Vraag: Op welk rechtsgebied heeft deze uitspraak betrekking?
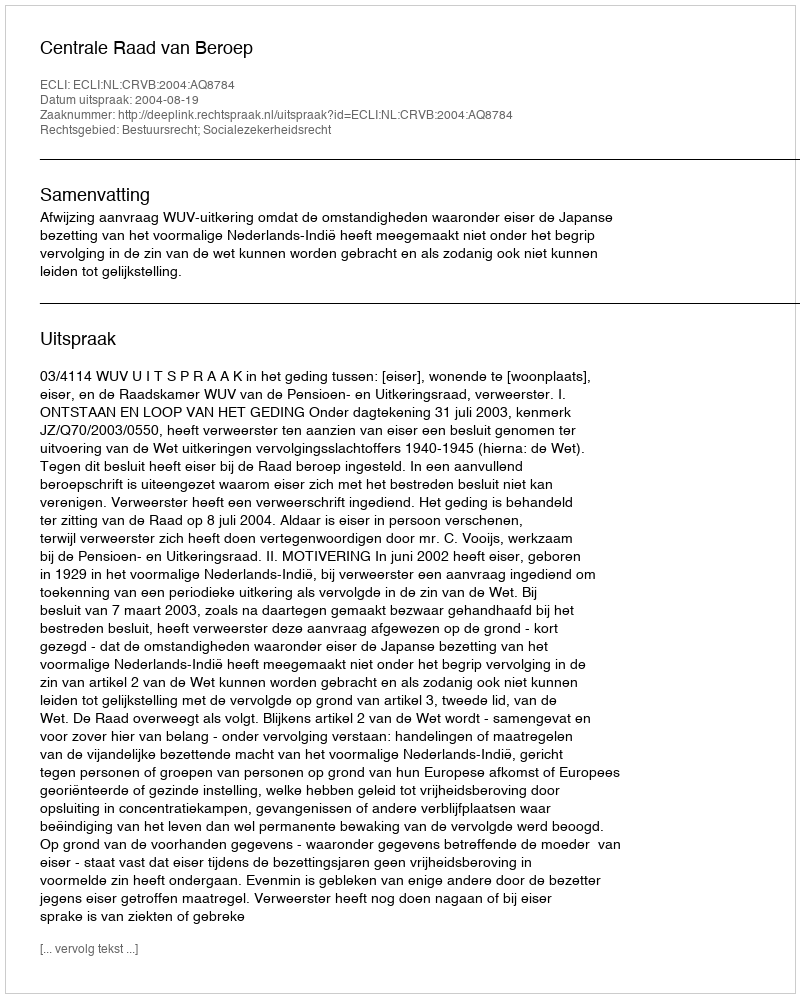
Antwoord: Bestuursrecht; Socialezekerheidsrecht